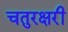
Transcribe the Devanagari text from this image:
चतुरक्षरी